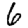
Digit: 6